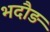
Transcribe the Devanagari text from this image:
भदौड़